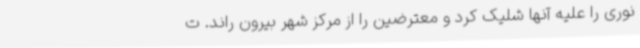
نوری را علیه آنها شلیک کرد و معترضین را از مرکز شهر بیرون راند. ت